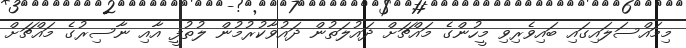
މިމައްސަލައިގައި ބައިވެރިވި މީހުންގެ މައްޗަށް ދައުލަތުން ދައުވާކުރުމުން ލުތުފީ އާއި ނާސިރުގެ މައްޗަށް